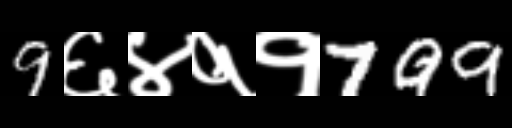
Text: 9६४११799